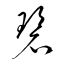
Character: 碧